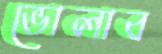
ভোলাব